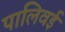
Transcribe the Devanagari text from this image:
पालिवई